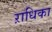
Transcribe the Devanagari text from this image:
ऱाधिका